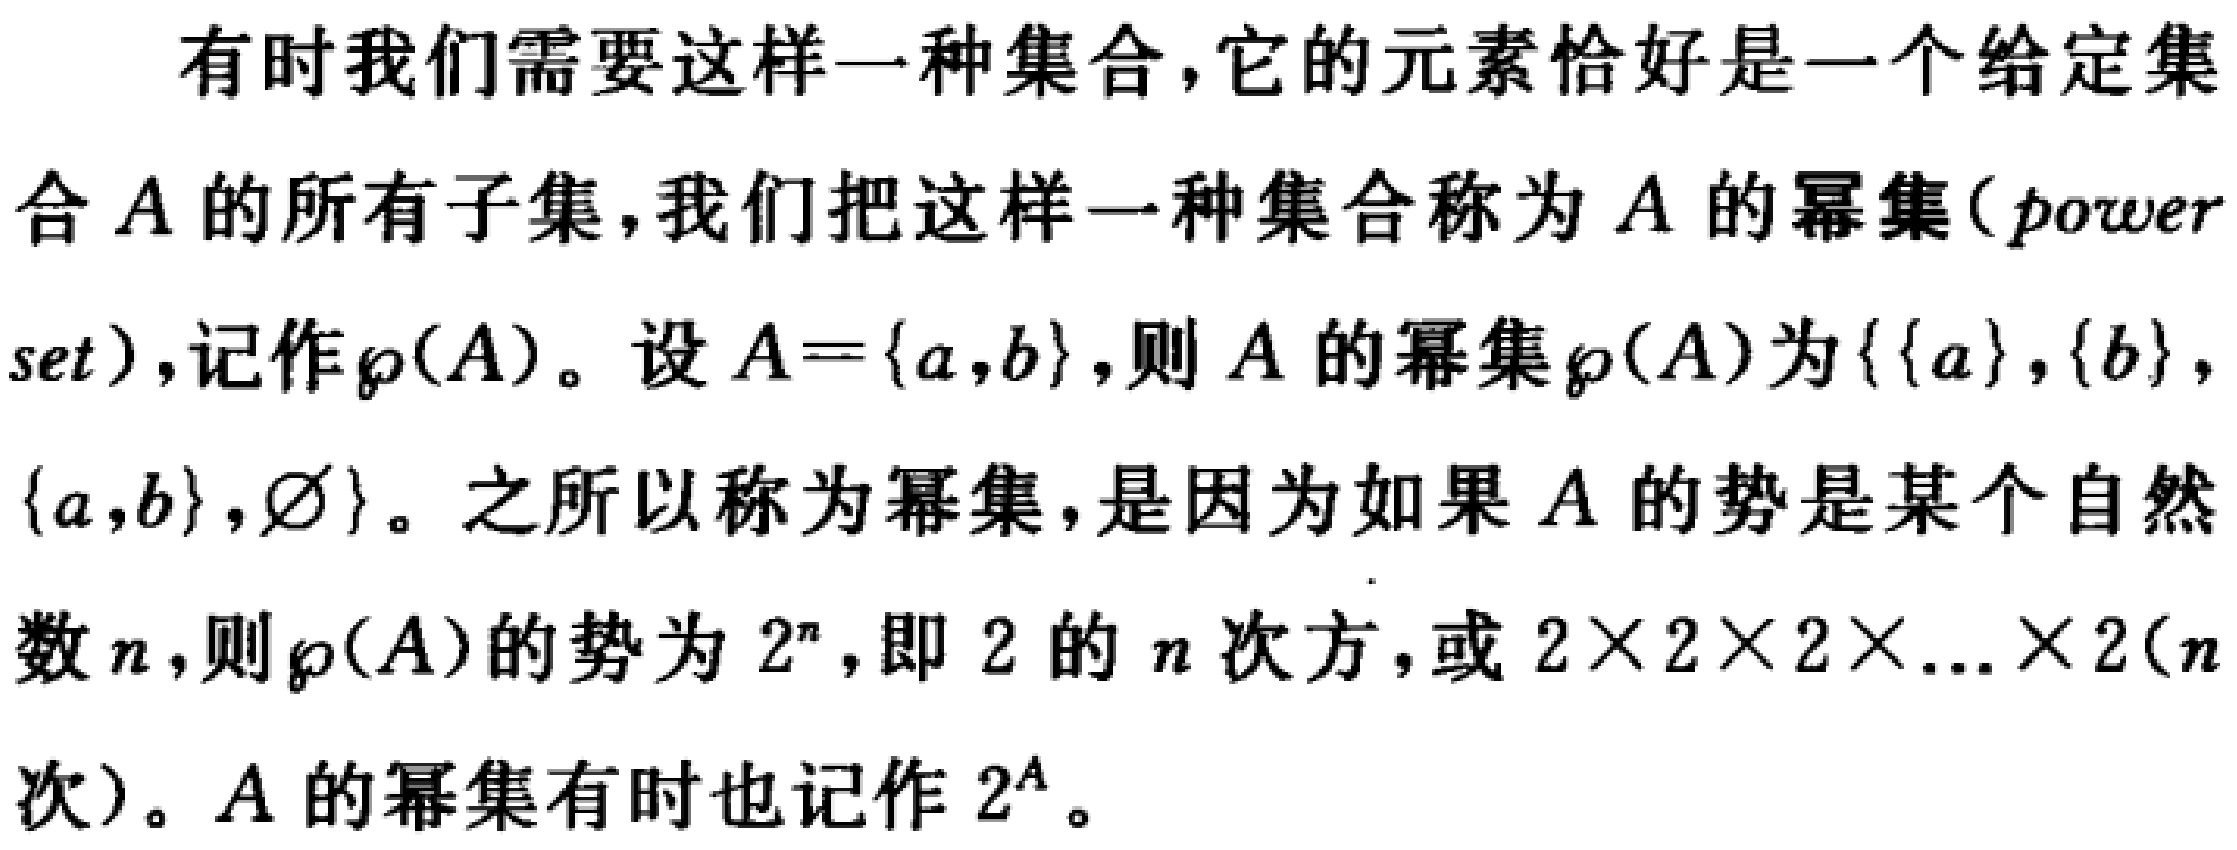
有时我们需要这样一种集合，它的元素恰好是一个给定集合 \(A\) 的所有子集，我们把这样一种集合称为 \(A\) 的幂集(power set)，记作\(\wp(A)\)。设 \(A = \{a,b\}\)，则 \(A\) 的幂集\(\wp(A)\)为\(\{\{a\},\{b\},\{a,b\},\varnothing\}\)。之所以称为幂集，是因为如果 \(A\) 的势是某个自然数 \(n\)，则\(\wp(A)\)的势为 \(2^n\)，即 \(2\) 的 \(n\) 次方，或 \(2\times2\times2\times\ldots\times2\)（\(n\) 次）。\(A\) 的幂集有时也记作 \(2^A\)。